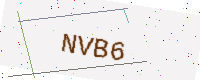
Text: NVB6